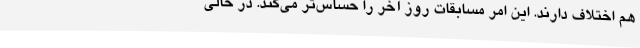
هم اختلاف دارند. این امر مسابقات روز آخر را حساس‌تر می‌کند. در حالی